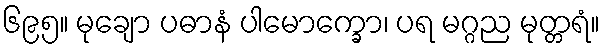
၆၉၅။ မုချော ပဓာနံ ပါမောက္ခော၊ ပရ မဂ္ဂည မုတ္တရံ။